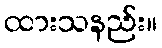
ထားသနည်း။